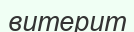
витерит